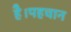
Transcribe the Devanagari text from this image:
है।पहचान